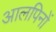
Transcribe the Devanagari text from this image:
आलपिनों